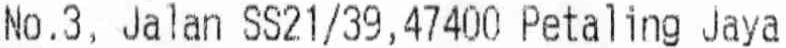
NO.3, JALAN SS21/39,47400 PETALING JAYA